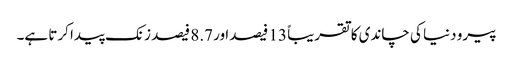
پیرو دنیا کی چاندی کا تقریباً 13 فیصد ا ور 8.7 فیصد زنک پیدا کرتا ہے۔